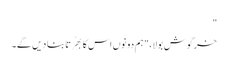
"
خرگوش بولا، "ہم دونوں اس کا بھُرتا بنا دیں گے۔